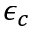
\epsilon _ { c }